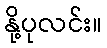
နို့ပုလင်း။